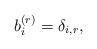
LaTeX: \begin{align*} b_{i}^{(r)}=\delta_{i,r},\end{align*}